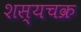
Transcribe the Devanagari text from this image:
शस्यचक्र